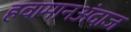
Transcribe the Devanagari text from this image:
हवामानअंदाज